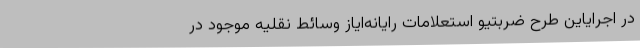
در اجرایاین طرح ضربتیو استعلامات رایانه‌ایاز وسائط نقلیه موجود در